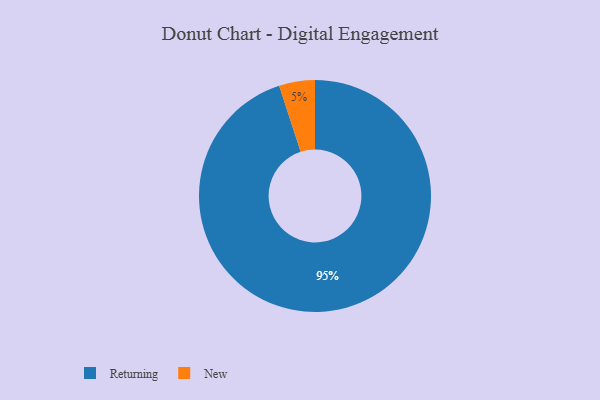
{"axis": {"x": "Category", "y": "Percentage"}, "legend": ["New", "Returning"], "data": [{"x": "Returning", "y": 95, "type": "Returning"}, {"x": "New", "y": 5, "type": "New"}]}